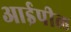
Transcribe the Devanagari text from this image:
आईपील